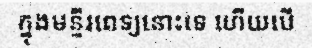
ក្នុងមន្ទីរពេទ្យនោះទេ ហើយបើ